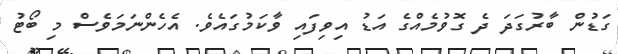
ގަޑުން ބާރުގަދަ ދެ ގޮވުމެއްގެ އަޑު އިވިފައި ވާކަމުގައެވެ. އެހެންނަމަވެސް މި ބޯޓު